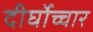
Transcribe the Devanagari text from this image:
दीर्घोच्चार